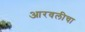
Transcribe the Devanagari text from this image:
आरवलीचा